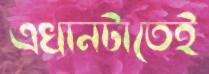
এখানটাতেই